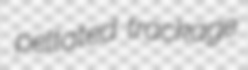
peltated trackage